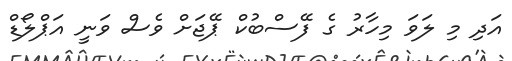
އަދި މި ލަވަ މިހާރު ގެ ފޭސްބުކް ޕޭޖަށް ވެސް ވަނީ އަޕްލޯޑް